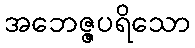
အဘေဇ္ဇပရိသော